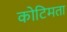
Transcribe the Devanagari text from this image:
कोटिमता